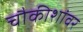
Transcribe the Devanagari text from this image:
चौकीशांवर